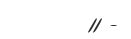
11 -